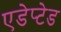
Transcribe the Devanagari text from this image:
एडेप्टेड